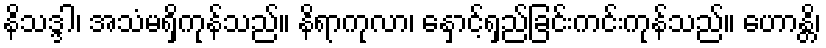
နိသဒ္ဒါ၊ အသံမရှိကုန်သည်။ နိရာကုလာ၊ နှောင့်ရှည်ခြင်းကင်းကုန်သည်။ ဟောန္တိ၊